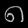
Digit: ၈